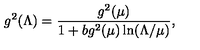
g ^ { 2 } ( \Lambda ) = \frac { g ^ { 2 } ( \mu ) } { 1 + b g ^ { 2 } ( \mu ) \ln ( \Lambda / \mu ) } ,